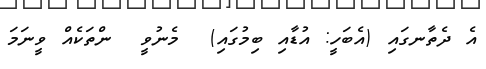
އެ ދެތާނގައި (އެބަހީ: އުޑާއި ބިމުގައި)  މެނުވީ  ންތަކެއް ވީނަމަ